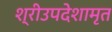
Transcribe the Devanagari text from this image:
श्रीउपदेशामृत